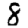
Digit: 8